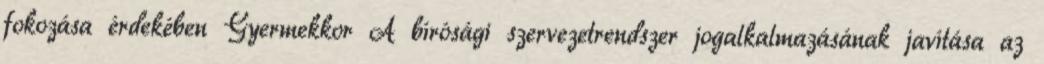
fokozása érdekében Gyermekkor A bírósági szervezetrendszer jogalkalmazásának javítása az